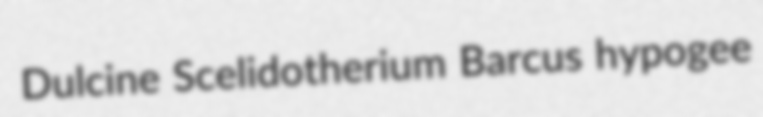
Dulcine Scelidotherium Barcus hypogee